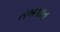
તબકાત